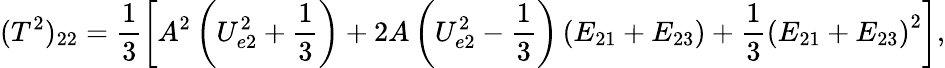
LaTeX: (T^{2})_{22}=\frac{1}{3}\left[A^{2}\left(U_{e2}^{2}+\frac{1}{3}\right)+2A\left(U_{e2}^{2}-\frac{1}{3}\right)\left(E_{21}+E_{23}\right)+\frac{1}{3}\left(E_{21}+E_{23}\right)^{2}\right],